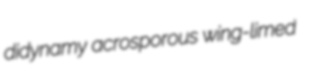
didynamy acrosporous wing-limed